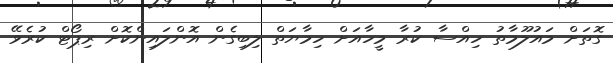
ގޮތަށް މައުލޫމާތު ހިއްސާ ކުރާ މީހާއަށް ހިމާޔަތް ލިބިގެން އޮންލައިންކޮށް ރިޕޯޓް ކުރެވޭ